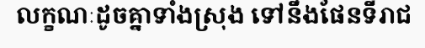
លក្ខណៈដូចគ្នាទាំងស្រុង ទៅនឹងផែនទីរាជ